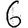
Digit: 6